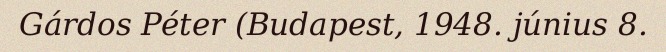
Gárdos Péter (Budapest, 1948. június 8.